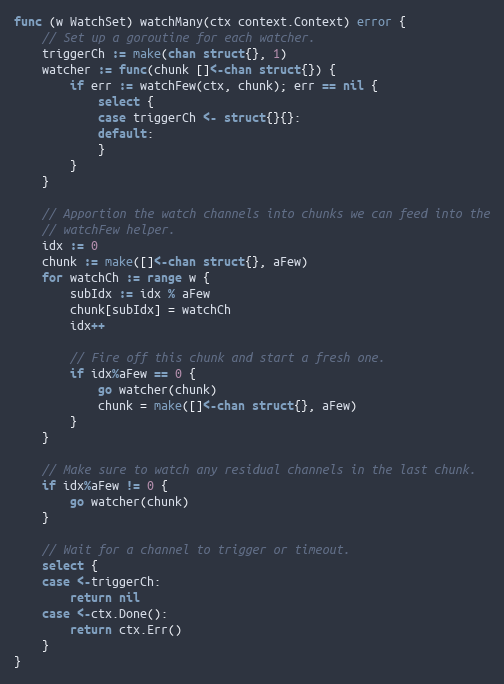
Language: Go
func (w WatchSet) watchMany(ctx context.Context) error {
	// Set up a goroutine for each watcher.
	triggerCh := make(chan struct{}, 1)
	watcher := func(chunk []<-chan struct{}) {
		if err := watchFew(ctx, chunk); err == nil {
			select {
			case triggerCh <- struct{}{}:
			default:
			}
		}
	}

	// Apportion the watch channels into chunks we can feed into the
	// watchFew helper.
	idx := 0
	chunk := make([]<-chan struct{}, aFew)
	for watchCh := range w {
		subIdx := idx % aFew
		chunk[subIdx] = watchCh
		idx++

		// Fire off this chunk and start a fresh one.
		if idx%aFew == 0 {
			go watcher(chunk)
			chunk = make([]<-chan struct{}, aFew)
		}
	}

	// Make sure to watch any residual channels in the last chunk.
	if idx%aFew != 0 {
		go watcher(chunk)
	}

	// Wait for a channel to trigger or timeout.
	select {
	case <-triggerCh:
		return nil
	case <-ctx.Done():
		return ctx.Err()
	}
}